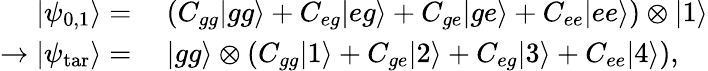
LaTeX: \begin{array}{rl}{|\psi_{0,1}\rangle=}&{~(C_{gg}|gg\rangle+C_{eg}|eg\rangle+C_{ge}|ge\rangle+C_{ee}|ee\rangle)\otimes|1\rangle}\\ {\rightarrow|\psi_{\mathrm{tar}}\rangle=}&{~|gg\rangle\otimes(C_{gg}|1\rangle+C_{ge}|2\rangle+C_{eg}|3\rangle+C_{ee}|4\rangle),}\end{array}